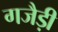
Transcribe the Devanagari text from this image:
गजैड़ी